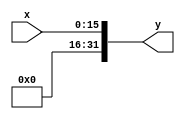
module Zero(x,y);
	parameter n = 16;
	input [n-1:0] x;
	output [31:0] y ;

	assign y = {{n{1'b0}},x};

endmodule